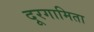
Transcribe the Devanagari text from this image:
दूरगामिता